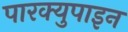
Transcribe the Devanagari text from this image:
पारक्युपाइन